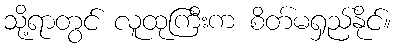
သို့ရာတွင် လူထုကြီးက စိတ်မရှည်နိုင်။